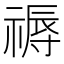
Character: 𥛑